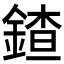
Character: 𨩨